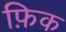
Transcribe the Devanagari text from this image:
फ़िक